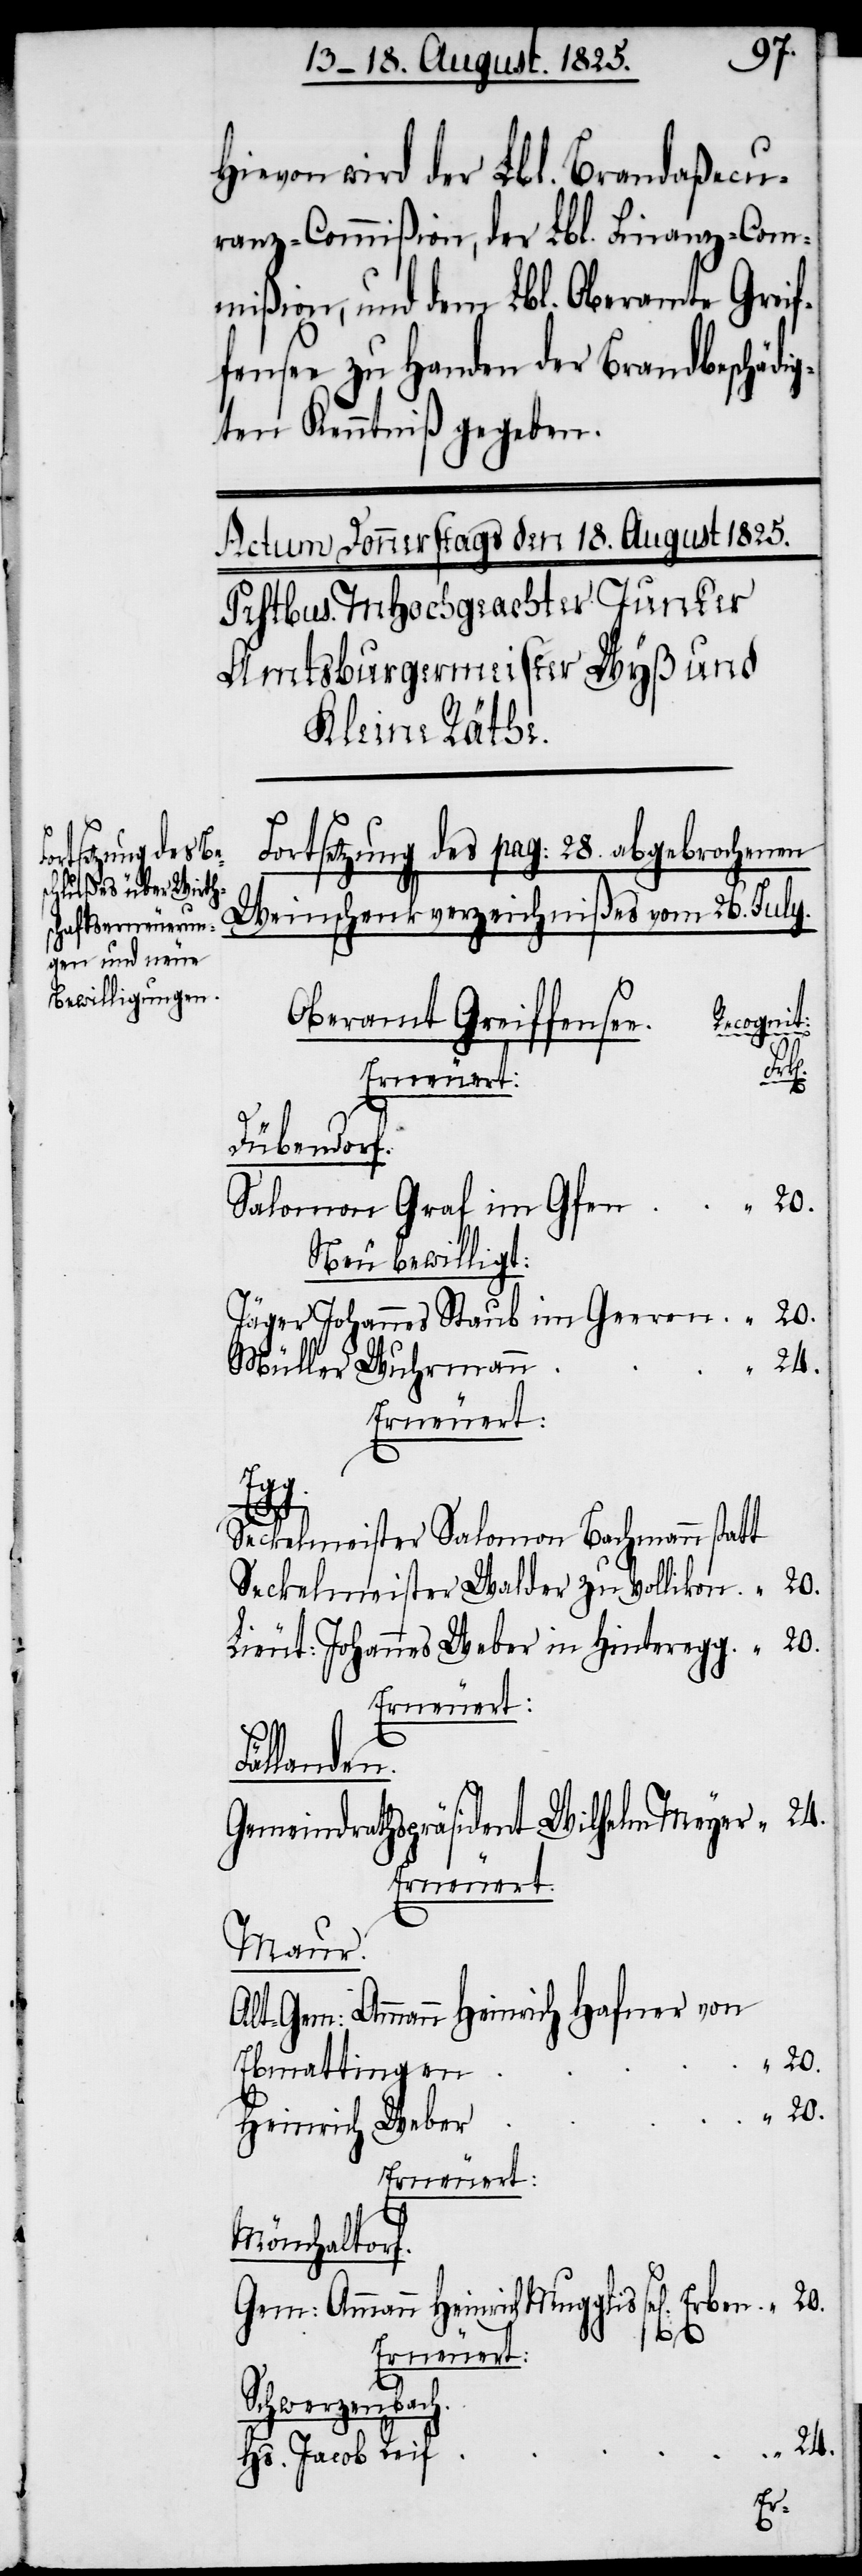
Hievon wird der Lbl. Brandaßecu¬
ranz-Commißion, der Lbl. Finanz-Com¬
mißion, und dem Lbl. Oberamte Greif¬
fensee zu Handen der Brandbeschädi¬
gten Kenntniß gegeben.
Fortsetzung des pag: 28. abgebrochenen
Weinschenkverzeichnißes vom 26. July.
ecognit:
Oberamt Greiffense¬
Fäl¬
Dübendorf.
Salomon Graf im Gfen	“	20.
Neu bewilligt:
Jäger Johannes Staub im Geeren	“	20.
Müller Wuhrman¬
Seckelmeister Salomon Bachmann statt
Seckelmeister Walder zu Vollikon	“	20.
Lieut: Johannes Weber in Hinteregg	“	20.
Erneuert:
sel[igen]
Gemeindrathspräsident Wilhelm Meyer	“	24.
Erneuert:
Maur.
Alt-Gem: Ammann Heinrich Hafner von
Heinrich Webe¬
Mönchaltorf.
Mugglis
Gem: Ammann Heinrich
Erneuert:
Schwerzenbach.
f	“	24.
Hs. Jacob Rei¬